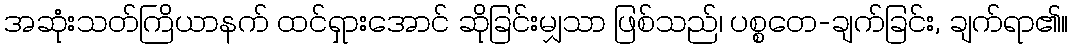
အဆုံးသတ်ကြိယာနက် ထင်ရှားအောင် ဆိုခြင်းမျှသာ ဖြစ်သည်၊ ပစ္စတေ-ချက်ခြင်း, ချက်ရာ၏။